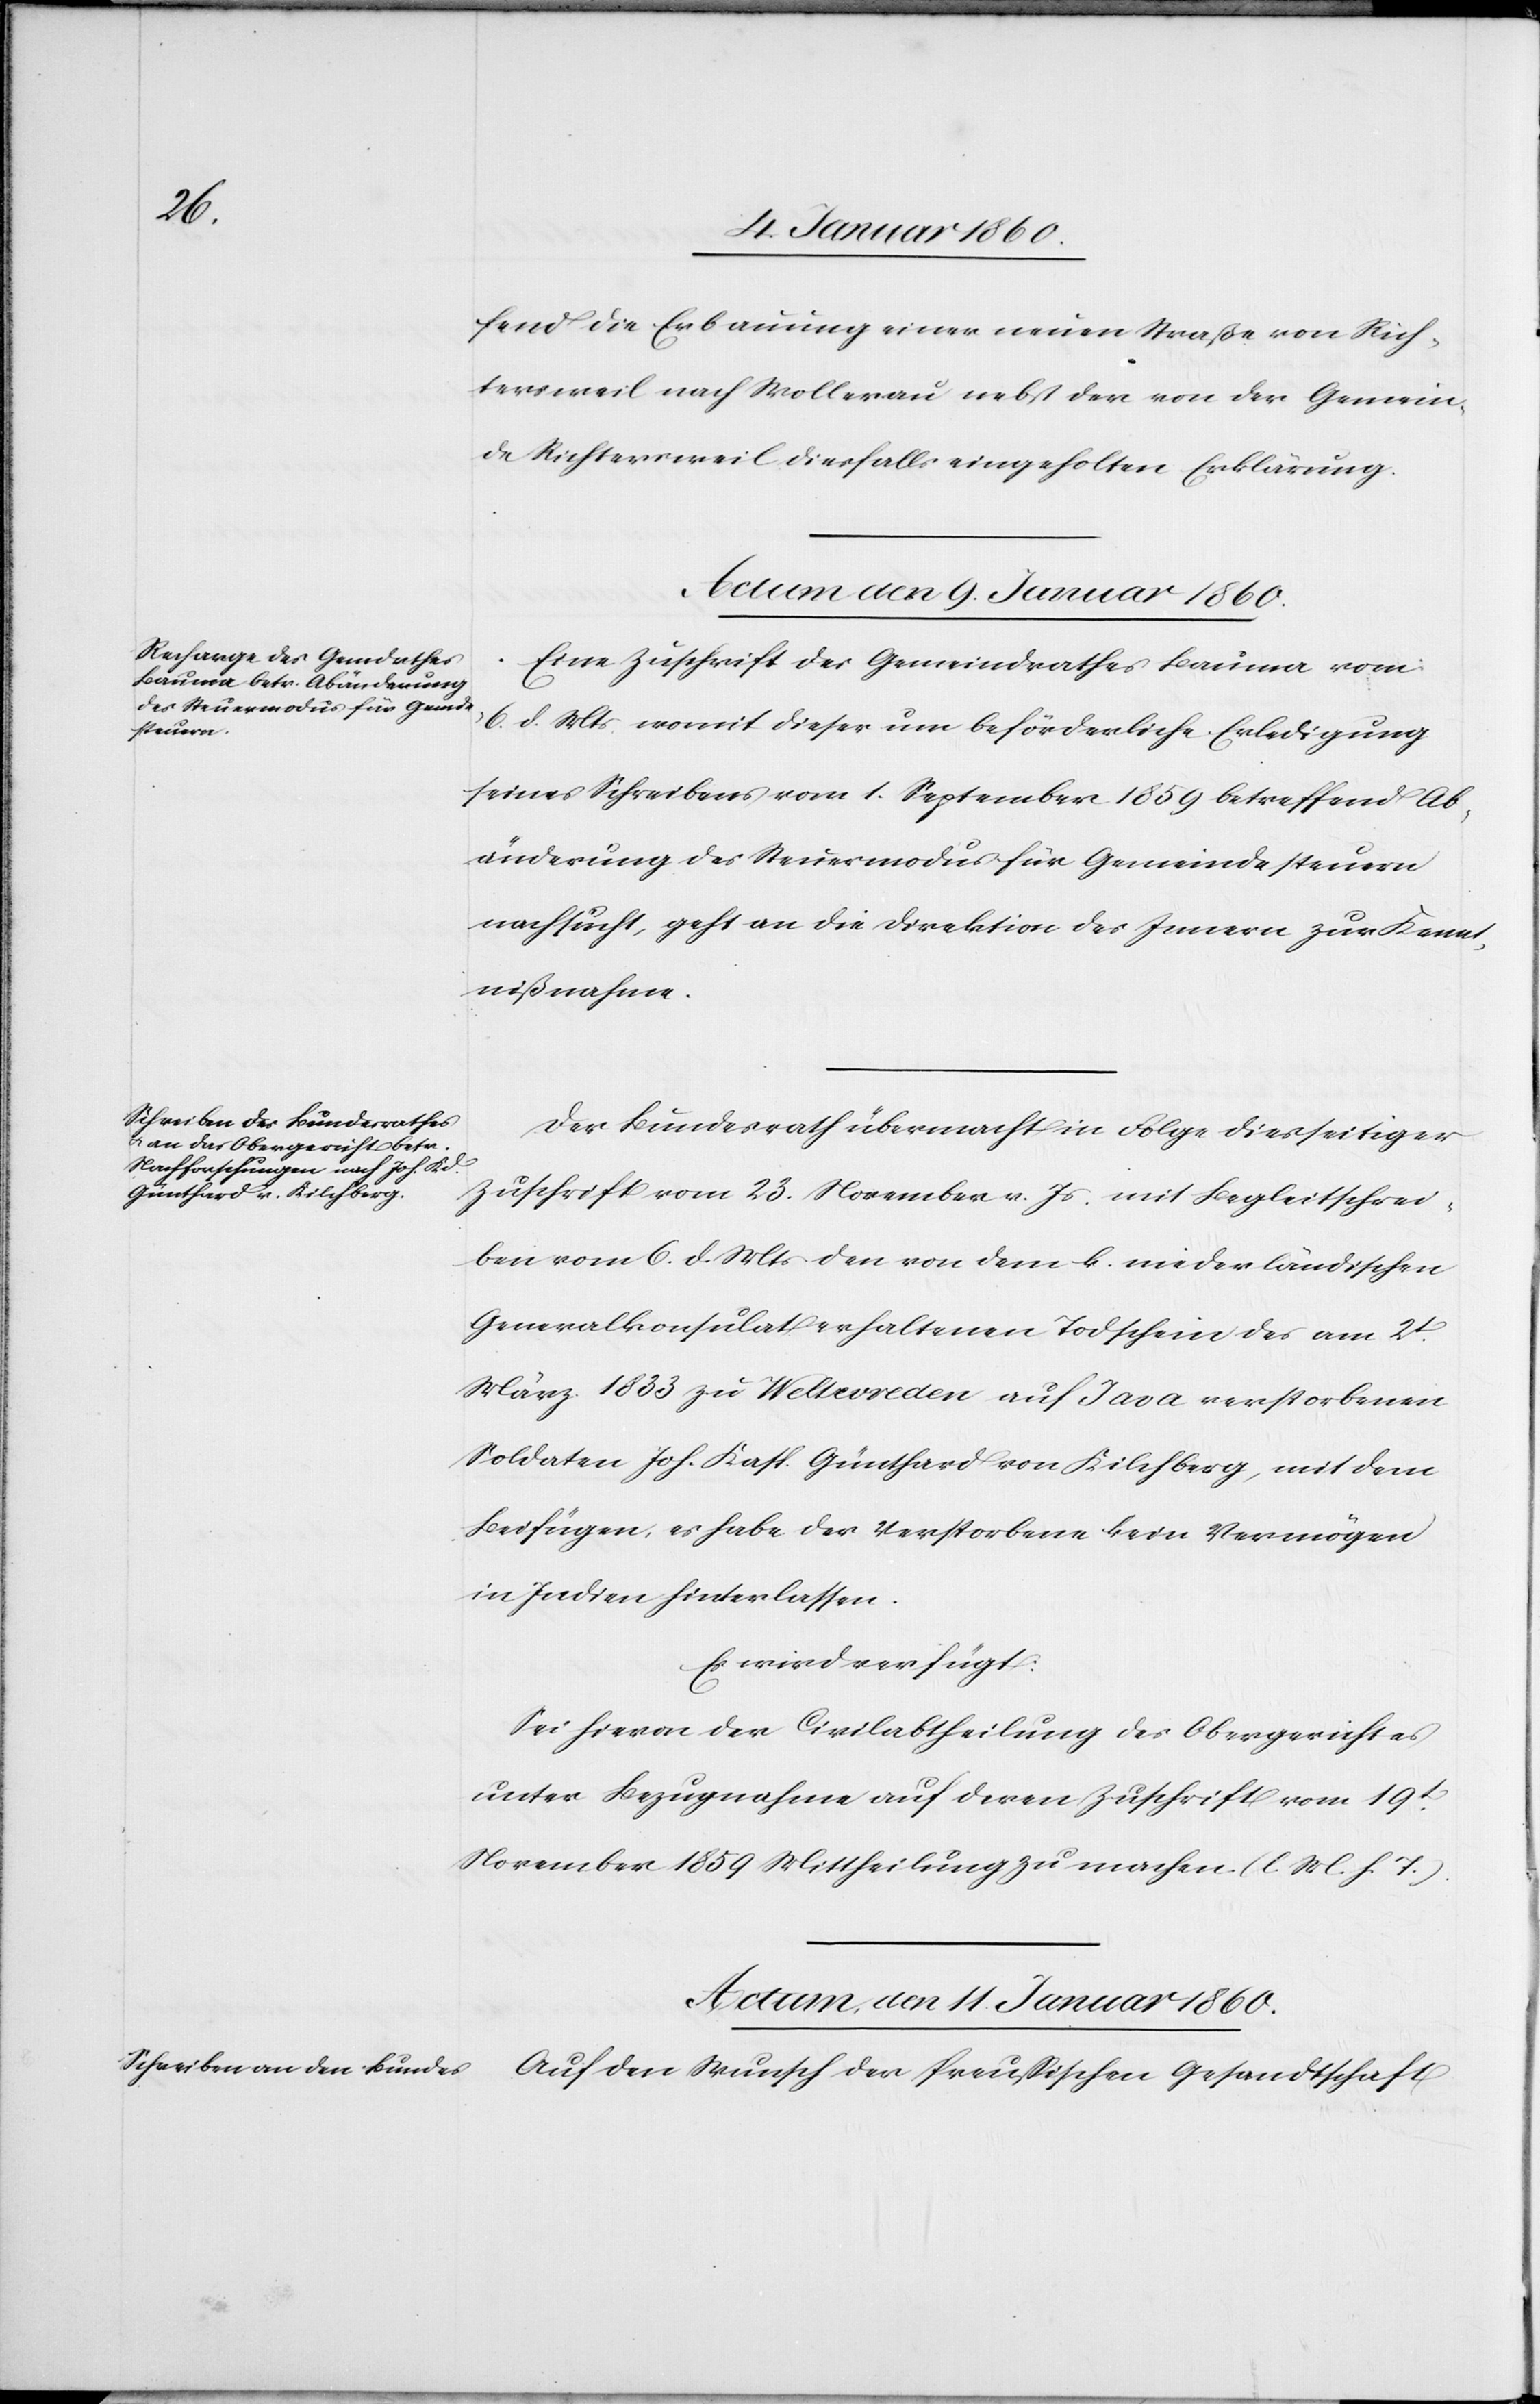
fend die Erbauung einer neuen Straße von Rich¬
terschweil nach Wollerau nebst der von der Gemein¬
de Richtersweil diesfalls eingeholten Erklärung.
Actum den 9. Januar 1860.]
Eine Zuschrift des Gemeindrathes Bauma vom
6. d. Mts. womit dieser um beförderliche Erledigung
seines Schreibens vom 1. September 1859. betreffend Ab¬
änderung des Steuermodus für Gemeindesteuern
nachsucht, geht an die Direktion des Innern zur Kennt¬
nißnahme.
Der Bundesrath übermacht in Folge diesseitiger
Zuschrift vom 23. November v. Js. mit Begleitschrei¬
ben vom 6. d. Mts. den von dem k. niederländischen
Generalkonsulat erhaltenen Todtschein des am 2t
März 1833. zu Weltevreden auf Java verstorbenen
Soldaten Joh. Kasp. Günthard von Kilchberg, mit dem
Beifügen, es habe der Verstorbene kein Vermögen
in Indien hinterlassen.
Es wird verfügt:
Sei hiervon der Civilabtheilung des Obergerichtes
unter Bezugnahme auf deren Zuschrift vom 19t
November 1859. Mittheilung zu machen. [l. M. v. h. T]
Actum den 11. Januar 1860.
Auf den Wunsch der Preußischen Gesandtschaft